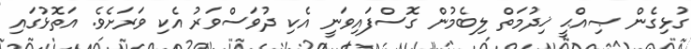
ގުޅިގެން ޞިއްޙީ ޚިދުމަތް ލިބެމުން ގޮސްފައިވަނީ އެކި ދުވަސްވަރު އެކި ވަރަށެވެ. އަތޮޅުގައި